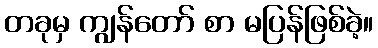
တခုမှ ကျွန်တော် စာ မပြန်ဖြစ်ခဲ့။